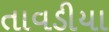
તાવડીયા